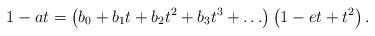
LaTeX: \begin{align*}1-at=\left( b_0 + b_1t + b_2t^2 + b_3t^3 + \ldots \right) \left( 1-et+t^2 \right).\end{align*}